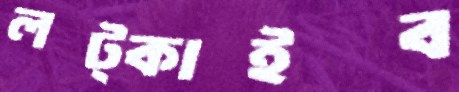
লট্‌কাইব